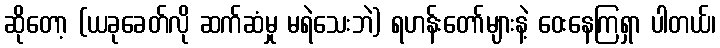
ဆိုတော့ (ယခုခေတ်လို ဆက်ဆံမှု မရဲသေးဘဲ) ရဟန်းတော်များနဲ့ ဝေးနေကြရှာ ပါတယ်၊